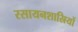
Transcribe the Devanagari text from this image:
रसायनशास्रियों